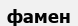
фамен